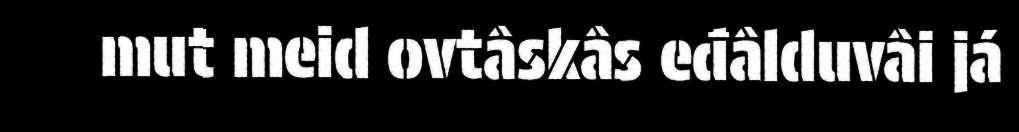
mut meid ovtâskâs eđâlduvâi já